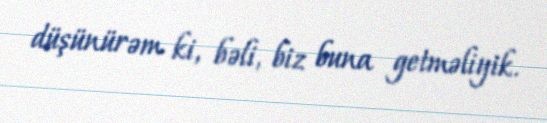
düşünürəm ki, bəli, biz buna getməliyik.